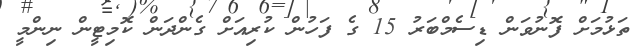
ތަޅުމަށް ފޮނުވަން ޑިސެމްބަރު 15 ގެ ފަހުން ކުރިއަށް ގެންދަން ކޮމިޓީން ނިންމީ